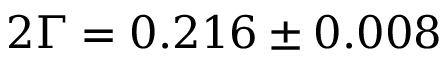
2 \Gamma = 0 . 2 1 6 \pm 0 . 0 0 8